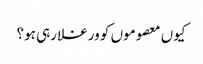
کیوں معصوموں کو ورغلا رہی ہو؟